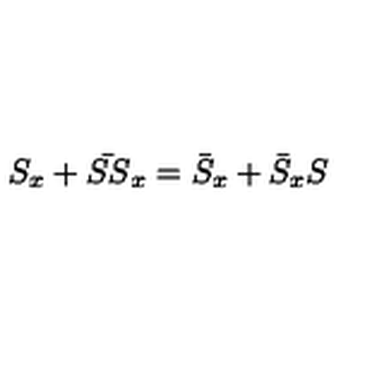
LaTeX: S _ { x } + \bar { S S } _ { x } = \bar { S } _ { x } + \bar { S } _ { x } S